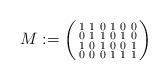
LaTeX: \begin{align*} M := \left(\begin{smallmatrix} 1 & 1 & 0 & 1 & 0 & 0 \\ 0 & 1 & 1 & 0 & 1 & 0 \\ 1 & 0 & 1 & 0 & 0 & 1 \\ 0 & 0 & 0 & 1 & 1 & 1 \end{smallmatrix}\right)\end{align*}